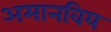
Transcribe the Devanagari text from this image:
अमानविय